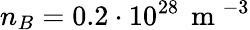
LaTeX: n_{B}=0.2\cdot 10^{28}\, \mathrm{~m~}^{-3}